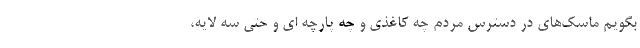
بگویم ماسک‌های در دسترس مردم چه کاغذی و چه پارچه ای و حتی سه لایه،